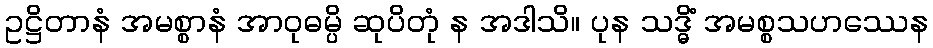
ဥဋ္ဌိတာနံ အမစ္စာနံ အာဝုဓမ္ပိ ဆုပိတုံ န အဒါသိ။ ပုန သဒ္ဓိံ အမစ္စသဟဿေန